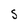
Character: S